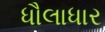
ધૌલાધાર